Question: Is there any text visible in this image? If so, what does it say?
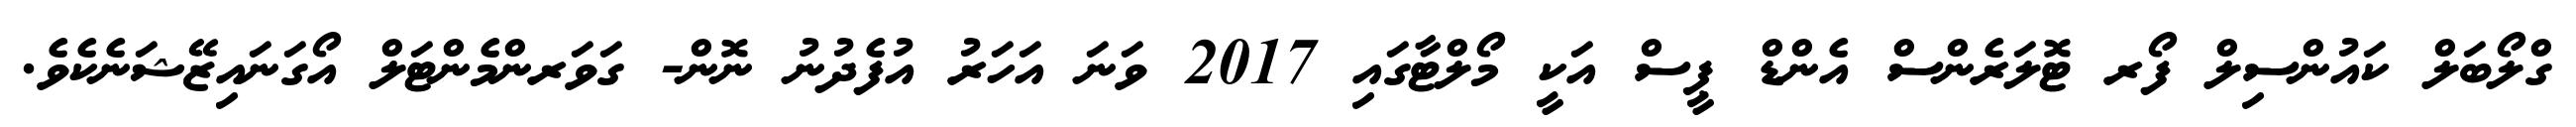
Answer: ގްލޯބަލް ކައުންސިލް ފޯރ ޓޮލަރެންސް އެންޑް ޕީސް އަކީ މޯލްޓާގައި 2017 ވަނަ އަހަރު އުފެދުނު ނޮން- ގަވަރންމެންޓަލް އޯގަނައިޒޭޝަނެކެވެ.